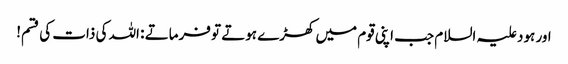
اور ہود علیہ السلام جب اپنی قوم میں کھڑے ہوتے تو فرماتے : اللہ کی ذات کی قسم!